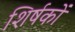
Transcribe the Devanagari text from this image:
शिर्षकों